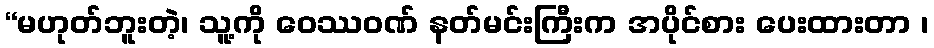
“မဟုတ်ဘူးတဲ့၊ သူ့ကို ဝေဿဝဏ် နတ်မင်းကြီးက အပိုင်စား ပေးထားတာ ၊